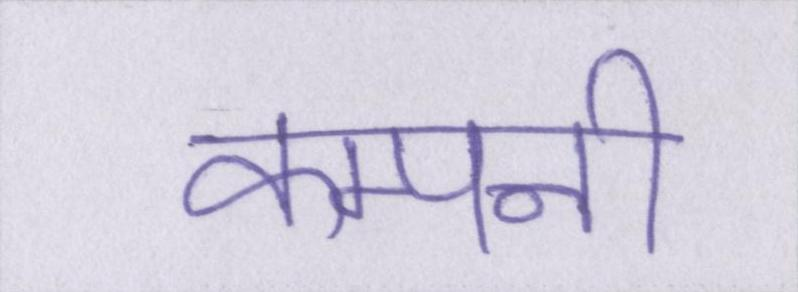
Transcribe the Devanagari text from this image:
कम्पनी